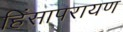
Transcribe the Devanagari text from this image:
हिंसापरायण